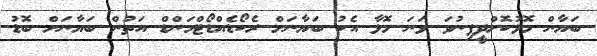
ބަޔާން މޮޅުކޮށްދީފިނުވަ ވަނަ މޮޅާ އެކު ބަޔާނަށް ރެކޯޑެއްޑޯޓްމަންޑް އަތުން ބަޔާނަށް ބޮޑު